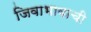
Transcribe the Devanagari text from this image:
जिवाभावाची